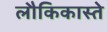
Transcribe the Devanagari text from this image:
लौकिकास्ते